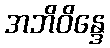
အဘိဝိန္ဒေ